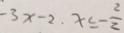
- 3 x - 2 , x \leq - \frac { 2 } { 2 }